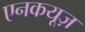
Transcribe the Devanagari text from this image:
एनकयूज़